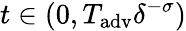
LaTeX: t\in(0,T_{\mathrm{adv}}\delta^{-\sigma})